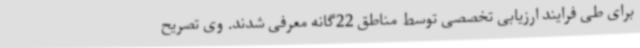
برای طی فرایند ارزیابی تخصصی توسط مناطق 22گانه معرفی شدند. وی تصریح